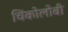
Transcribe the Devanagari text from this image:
चिंकोलोबी